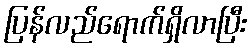
ပြန်လည်ရောက်ရှိလာပြီး